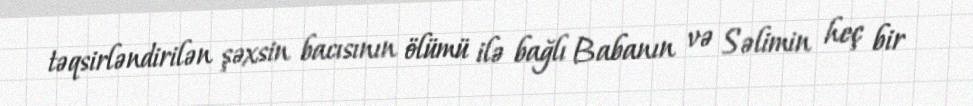
təqsirləndirilən şəxsin bacısının ölümü ilə bağlı Babanın və Səlimin heç bir